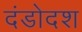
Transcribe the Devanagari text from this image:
दंडोदश